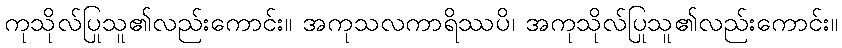
ကုသိုလ်ပြုသူ၏လည်းကောင်း။ အကုသလကာရိဿပိ၊ အကုသိုလ်ပြုသူ၏လည်းကောင်း။